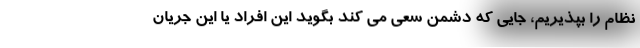
نظام را بپذیریم، جایی که دشمن سعی می کند بگوید این افراد یا این جریان